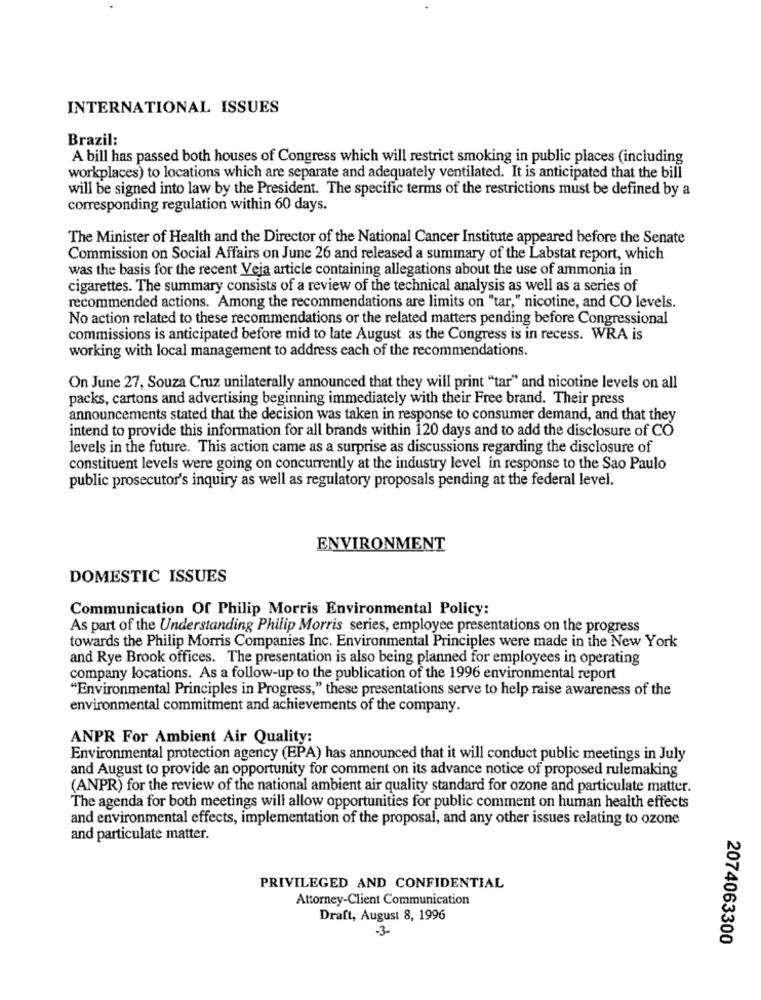
INTERNATIONAL ISSUES
Brazil:
A bill has passed both houses of Congress which will restrict smoking in public places (including
workplaces) to locations which are separate and adequately ventilated. It is anticipated that the bill
will be signed into law by the President. The specific terms of the restrictions must be defined by a
corresponding regulation within 60 days.
The Minister of Health and the Director of the National Cancer Institute appeared before the Senate
Commission on Social Affairs on June 26 and released a summary of the Labstat report, which
was the basis for the recent Veja article containing allegations about the use of ammonia in
cigarettes. The summary consists of a review of the technical analysis as well as a series of
recommended actions. Among the recommendations are limits on "tar," nicotine, and CO levels.
No action related to these recommendations or the related matters pending before Congressional
commissions is anticipated before mid to late August as the Congress is in recess. WRA is
working with local management to address each of the recommendations.
On June 27, Souza Cruz unilaterally announced that they will print "tar" and nicotine levels on all
packs, cartons and advertising beginning immediately with their Free brand. Their press
announcements stated that the decision was taken in response to consumer demand, and that they
intend to provide this information for all brands within 120 days and to add the disclosure of CO
levels in the future. This action came as a surprise as discussions regarding the disclosure of
constituent levels were going on concurrently at the industry level in response to the Sao Paulo
public prosecutor's inquiry as well as regulatory proposals pending at the federal level.
ENVIRONMENT
DOMESTIC ISSUES
Communication Of Philip Morris Environmental Policy:
As part of the Understanding Philip Morris series, employee presentations on the progress
towards the Philip Morris Companies Inc. Environmental Principles were made in the New York
and Rye Brook offices. The presentation is also being planned for employees in operating
company locations. As a follow-up to the publication of the 1996 environmental report
"Environmental Principles in Progress," these presentations serve to help raise awareness of the
environmental commitment and achievements of the company.
ANPR For Ambient Air Quality:
Environmental protection agency (EPA) has announced that it will conduct public meetings in July
and August to provide an opportunity for comment on its advance notice of proposed rulemaking
(ANPR) for the review of the national ambient air quality standard for ozone and particulate matter.
The agenda for both meetings will allow opportunities for public comment on human health effects
and environmental effects, implementation of the proposal, and any other issues relating to ozone
and particulate matter.
PRIVILEGED AND CONFIDENTIAL
Attorney-Client Communication
Draft, August 8, 1996
-3-
2074063300